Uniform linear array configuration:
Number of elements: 8
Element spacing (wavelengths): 0.75
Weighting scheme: hann
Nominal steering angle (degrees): -15
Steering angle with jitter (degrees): -14.651
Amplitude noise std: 0.05
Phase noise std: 0.05

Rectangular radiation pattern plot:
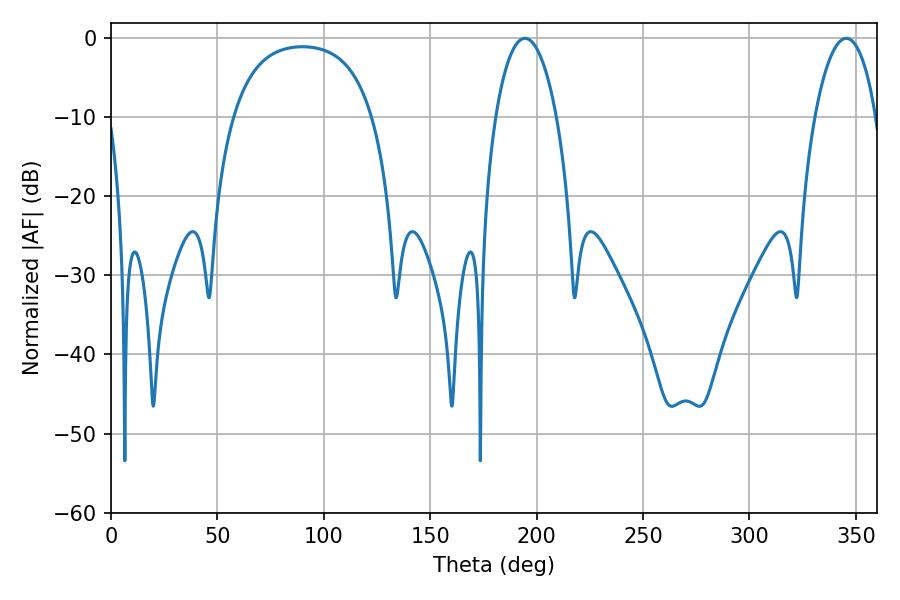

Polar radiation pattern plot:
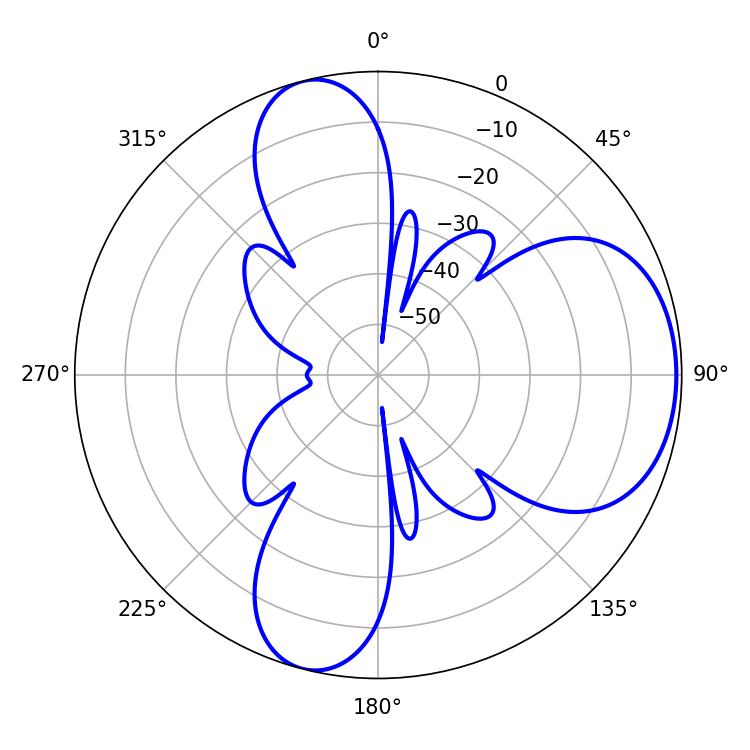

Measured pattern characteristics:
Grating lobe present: TRUE
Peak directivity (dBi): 6.649
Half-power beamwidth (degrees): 16.02
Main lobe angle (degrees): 345.42